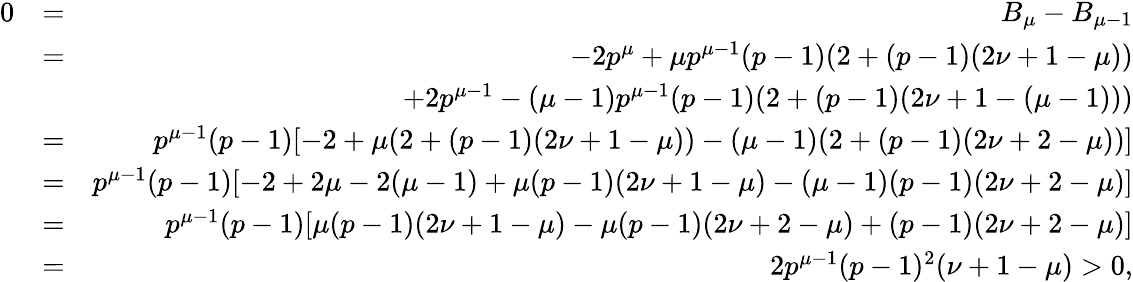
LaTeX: \begin{array}{rlr}{0}&{=}&{B_{\mu}-B_{\mu-1}}\\ &{=}&{-2p^{\mu}+\mu p^{\mu-1}(p-1)(2+(p-1)(2\nu+1-\mu))}\\ &{}&{+2p^{\mu-1}-(\mu-1)p^{\mu-1}(p-1)(2+(p-1)(2\nu+1-(\mu-1)))}\\ &{=}&{p^{\mu-1}(p-1)[-2+\mu(2+(p-1)(2\nu+1-\mu))-(\mu-1)(2+(p-1)(2\nu+2-\mu))]}\\ &{=}&{p^{\mu-1}(p-1)[-2+2\mu-2(\mu-1)+\mu(p-1)(2\nu+1-\mu)-(\mu-1)(p-1)(2\nu+2-\mu)]}\\ &{=}&{p^{\mu-1}(p-1)[\mu(p-1)(2\nu+1-\mu)-\mu(p-1)(2\nu+2-\mu)+(p-1)(2\nu+2-\mu)]}\\ &{=}&{2p^{\mu-1}(p-1)^{2}(\nu+1-\mu)>0,}\end{array}